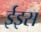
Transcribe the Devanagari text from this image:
ईइस